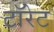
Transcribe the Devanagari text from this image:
टॉरेट